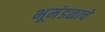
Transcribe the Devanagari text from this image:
भूमंडळाचे